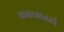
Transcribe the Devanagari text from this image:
खबरबातही